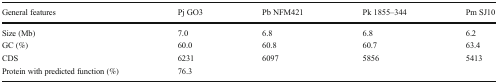
| General features | Pj GO3 | Pb NFM421 | Pk 1855–344 | Pm SJ10 |
 | --- | --- | --- | --- | --- |
 | Size (Mb) | 7.0 | 6.8 | 6.8 | 6.2 |
 | GC (%) | 60.0 | 60.8 | 60.7 | 63.4 |
 | CDS | 6231 | 6097 | 5856 | 5413 |
 | Protein with predicted function (%) | 76.3 |  |  |  |